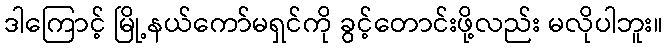
ဒါကြောင့် မြို့နယ်ကော်မရှင်ကို ခွင့်တောင်းဖို့လည်း မလိုပါဘူး။